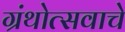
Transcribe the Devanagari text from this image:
ग्रंथोत्सवाचे